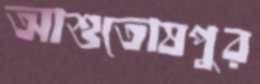
আশুতোষপুর